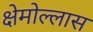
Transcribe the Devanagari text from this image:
क्षेमोल्लास